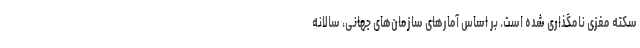
سکته مغزی نامگذاری شده است. بر اساس آمارهای سازمان‌های جهانی، سالانه